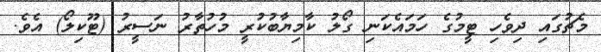
މެޗުގައި ދިވެހި ޓީމުގެ ހަމައެކަނި ގޯލު ކާމިޔާބުކުރީ މުހުތާރު ނަސީރު (ޓޫކިލޯ) އެވެ.